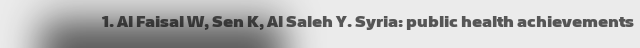
1. Al Faisal W, Sen K, Al Saleh Y. Syria: public health achievements